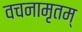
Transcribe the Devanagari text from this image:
वचनामृतम्